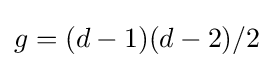
g=(d-1)(d-2)/2